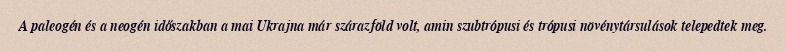
A paleogén és a neogén időszakban a mai Ukrajna már szárazföld volt, amin szubtrópusi és trópusi növénytársulások telepedtek meg.